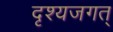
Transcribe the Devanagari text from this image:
दृश्यजगत्